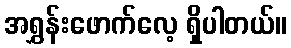
အရွှန်းဖောက်လေ့ ရှိပါတယ်။